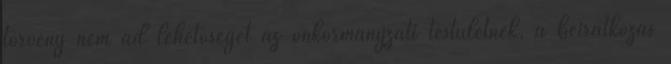
törvény nem ad lehetőséget az önkormányzati testületnek, a beiratkozás